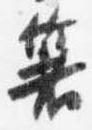
箸